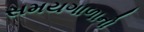
સમયગાળાનો